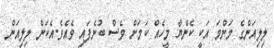
ލިލިއަންގެ މަންމަ އަކީ ކެންޔާ މީހެއް ކަމަށް ވެސް ބުނެފައި ވެއެވެ.އެކަން ލިލިއަން